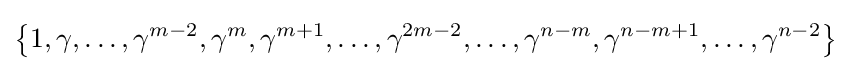
\left\{1,\gamma ,\ldots ,\gamma ^{m-2},\gamma ^{m},\gamma ^{m+1},\ldots ,\gamma ^{2m-2},\ldots ,\gamma ^{n-m},\gamma ^{n-m+1},\ldots ,\gamma ^{n-2}\right\}